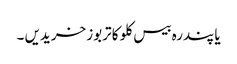
یا پندرہ بیس کلو کا تربوز خریدیں ۔